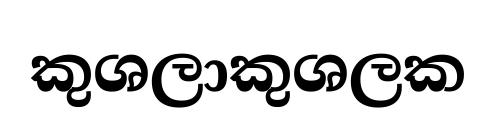
කුශලාකුශලක